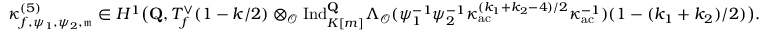
\boldsymbol { \kappa } _ { f , \psi _ { 1 } , \psi _ { 2 } , \mathfrak { m } } ^ { ( 5 ) } \in H ^ { 1 } \bigl ( \mathbf { Q } , T _ { f } ^ { \vee } ( 1 - k / 2 ) \otimes _ { \mathcal O } \mathrm { I n d } _ { K [ m ] } ^ { \mathbf { Q } } \Lambda _ { \mathcal O } ( \psi _ { 1 } ^ { - 1 } \psi _ { 2 } ^ { - 1 } \kappa _ { \mathrm { a c } } ^ { ( k _ { 1 } + k _ { 2 } - 4 ) / 2 } \boldsymbol { \kappa } _ { \mathrm { a c } } ^ { - 1 } ) ( 1 - ( k _ { 1 } + k _ { 2 } ) / 2 ) \bigr ) .